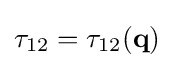
\mathbf {\tau } _{12}=\mathbf {\tau } _{12}(\mathbf {q} )